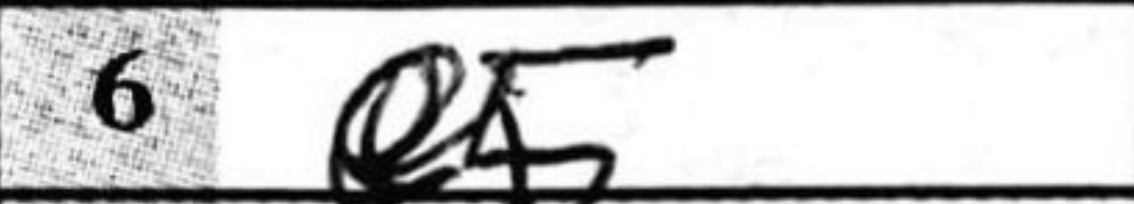
Transcription: e5